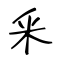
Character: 釆